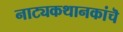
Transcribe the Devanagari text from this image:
नाट्यकथानकांचॆ